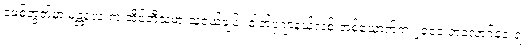
ဖေ့စ်ဘွတ်မှာ မန္တလေးက အိုင်တီသမားသူငယ်ချင်း ဓါတ်ပုံဂျာနယ်လစ် တစ်ယောက်က ၂၀၁၀ ဘလော့ဂ်ဒေးရဲ့